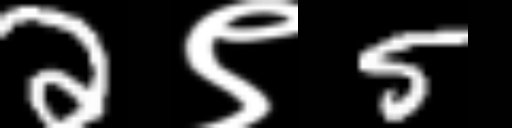
Text: 2९5